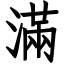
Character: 滿